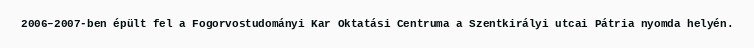
2006–2007-ben épült fel a Fogorvostudományi Kar Oktatási Centruma a Szentkirályi utcai Pátria nyomda helyén.